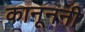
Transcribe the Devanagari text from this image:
कानूननी